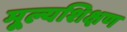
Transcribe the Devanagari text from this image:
मूल्यशिक्षण